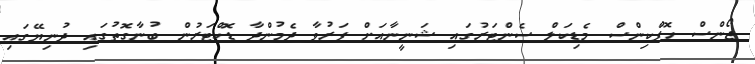
ޖޯންސް ހޮޕްކިންސް މެޑިކަލް ސެންޓަރުގައި ޝަނީނާއަށް ފަރުވާ ދެމުންދާ ޑޮކްޓަރުން ބުނާގޮތުގައި ދުނިޔޭގައި